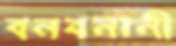
বনবনানী